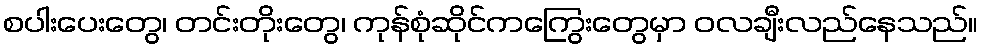
စပါးပေးတွေ၊ တင်းတိုးတွေ၊ ကုန်စုံဆိုင်ကကြွေးတွေမှာ ဝလချီးလည်နေသည်။